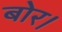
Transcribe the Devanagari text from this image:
बोर।